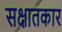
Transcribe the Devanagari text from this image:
सक्षातकार